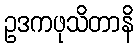
ဥဒကဖုသိတာနိ